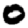
Digit: 0